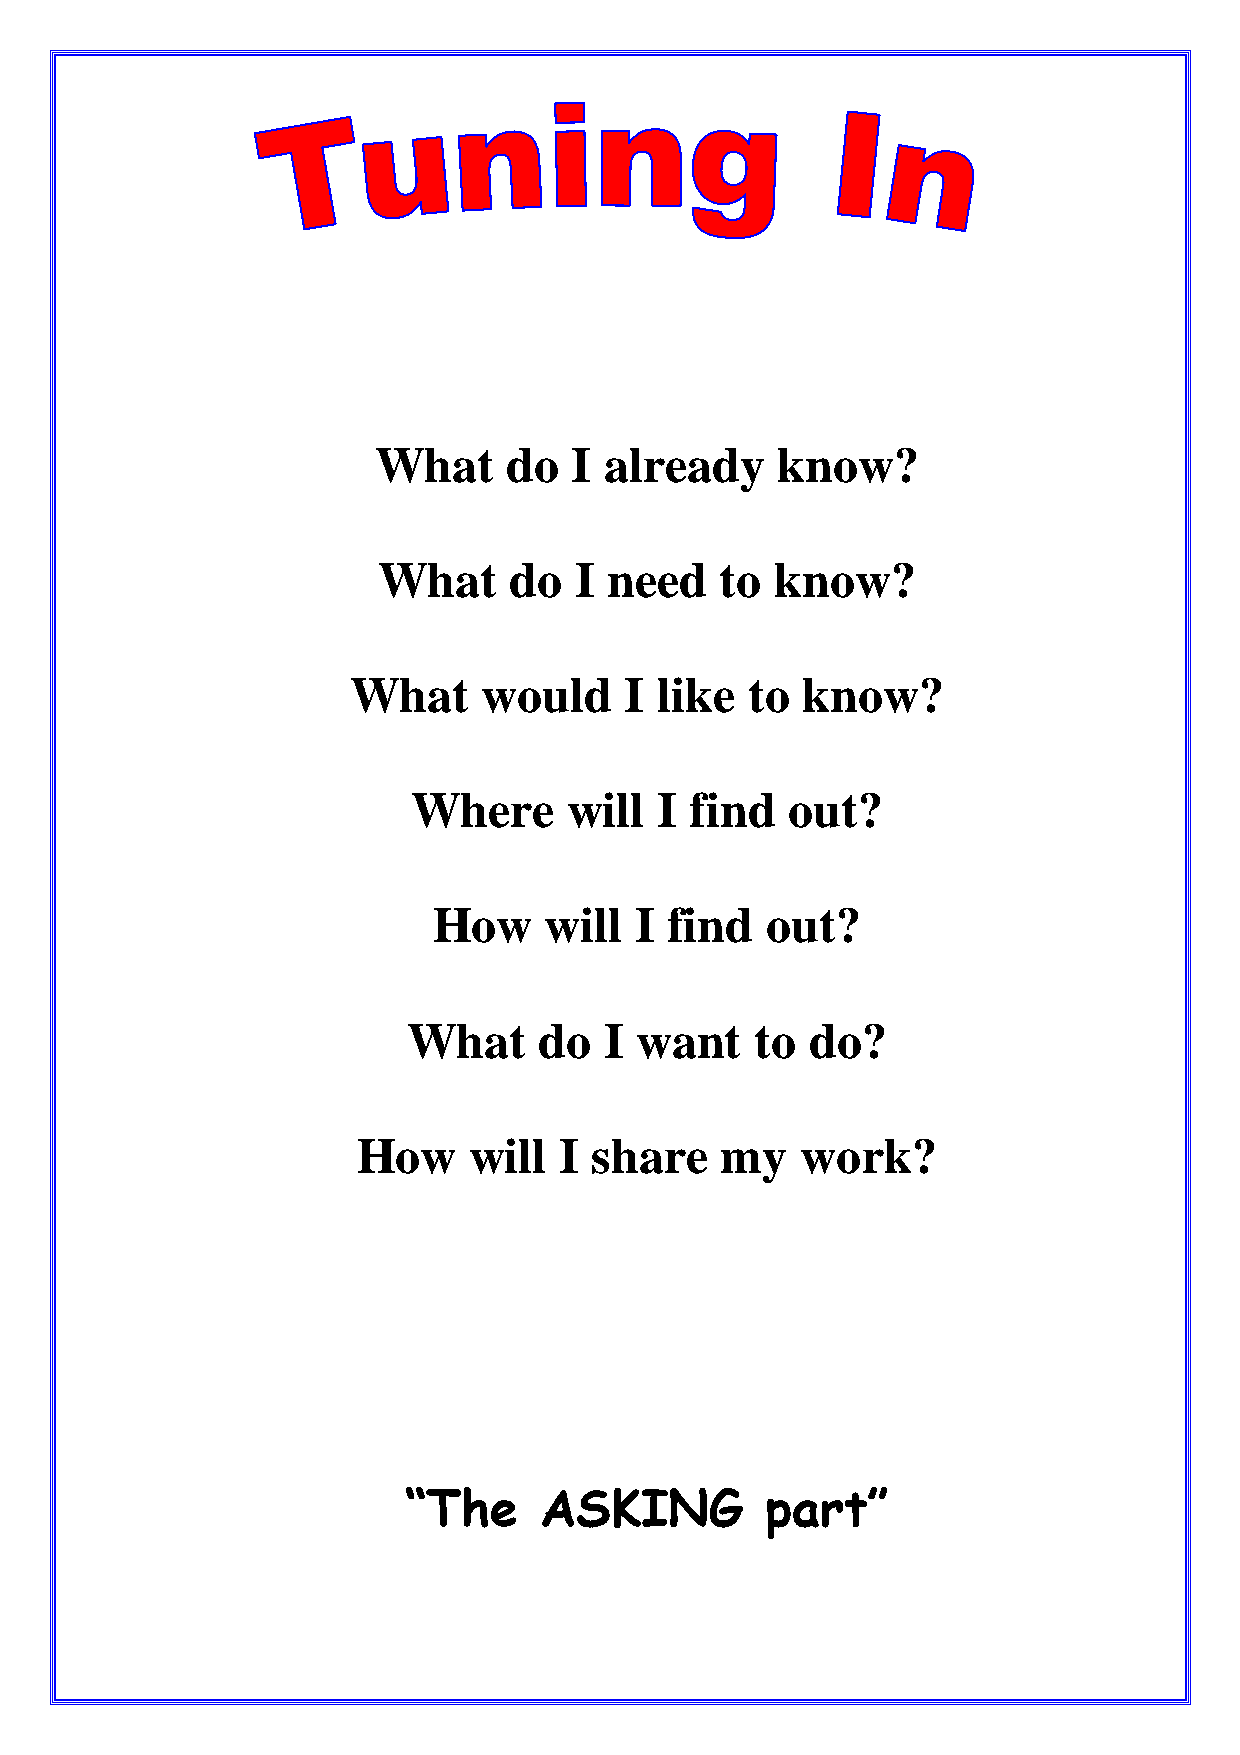
What     do  I already    know?
 What     do  I need    to know?
 What     would    I  like  to know?
 Where      will  I find  out?
 How    will  I find   out?
 What     do  I want    to  do?
 How    will  I share    my   work?
 “The     ASKING         part”